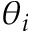
\theta _ { i }